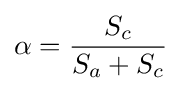
\alpha ={\frac {S_{c}}{S_{a}+S_{c}}}